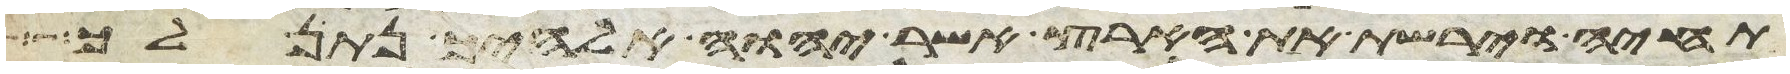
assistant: תחיה וירשת את הארץ אשר יהוה אלהיך נתן לך